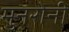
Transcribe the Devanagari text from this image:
मुनरोनी